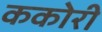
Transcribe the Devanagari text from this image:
ककोरी